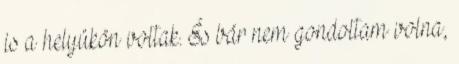
is a helyükön voltak. És bár nem gondoltam volna,